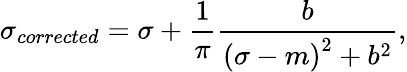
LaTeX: \sigma_{corrected}=\sigma+\frac{1}{\pi}\frac{b}{\left(\sigma-m\right)^{2}+b^{2}},